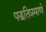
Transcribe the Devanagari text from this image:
पद्धतिप्रमाणे